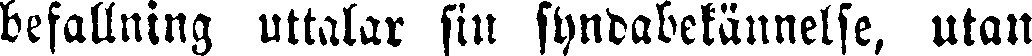
befallning uttalar sin syndabekännelse, utan